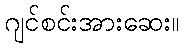
ဂျင်စင်းအားဆေး။